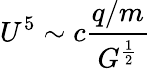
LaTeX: U^{5}\sim c{\frac{q/m}{G^{\frac{1}{2}}}}